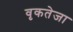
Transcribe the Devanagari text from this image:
वृकतेजा